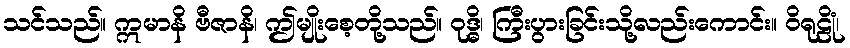
သင်သည်။ ဣမာနိ ဗီဇာနိ၊ ဤမျိုးစေ့တို့သည်။ ဝုဒ္ဓိ၊ ကြီးပွားခြင်းသို့လည်းကောင်း။ ဝိရုဠိုံ၊